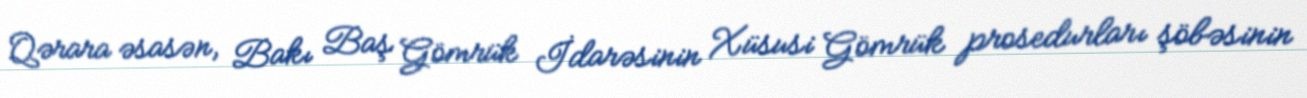
Qərara əsasən, Bakı Baş Gömrük İdarəsinin Xüsusi Gömrük prosedurları şöbəsinin